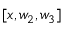
[ x , w _ { 2 } , w _ { 3 } ]